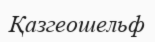
Қазгеошельф